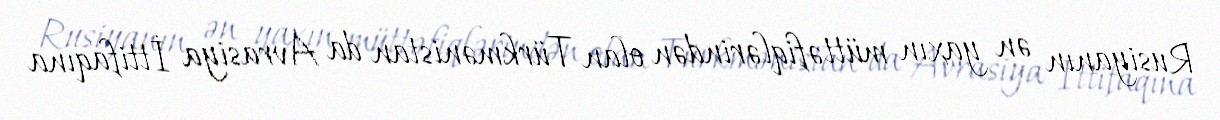
Rusiyanın ən yaxın müttəfiqlərindən olan Türkmənistan da Avrasiya İttifaqına